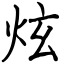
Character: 炫